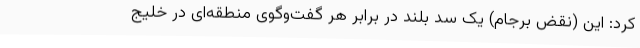
کرد: این (نقض برجام) یک سد بلند در برابر هر گفت‌وگوی منطقه‌ای در خلیج